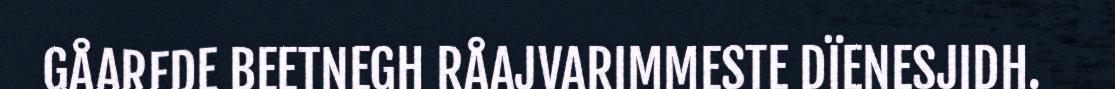
GÅAREDE BEETNEGH RÅAJVARIMMESTE DÏENESJIDH.